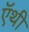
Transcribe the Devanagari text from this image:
ऍथी